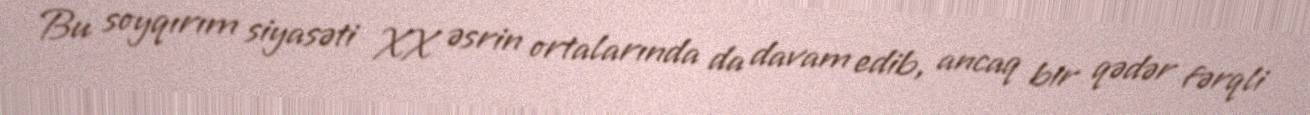
Bu soyqırım siyasəti XX əsrin ortalarında da davam edib, ancaq bir qədər fərqli